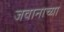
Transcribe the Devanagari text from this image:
जवानाच्या